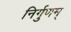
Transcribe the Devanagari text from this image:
निर्गुणम्